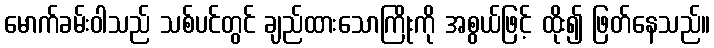
မောက်ခမ်းဝါသည် သစ်ပင်တွင် ချည်ထားသောကြိုးကို အစွယ်ဖြင့် ထိုး၍ ဖြတ်နေသည်။